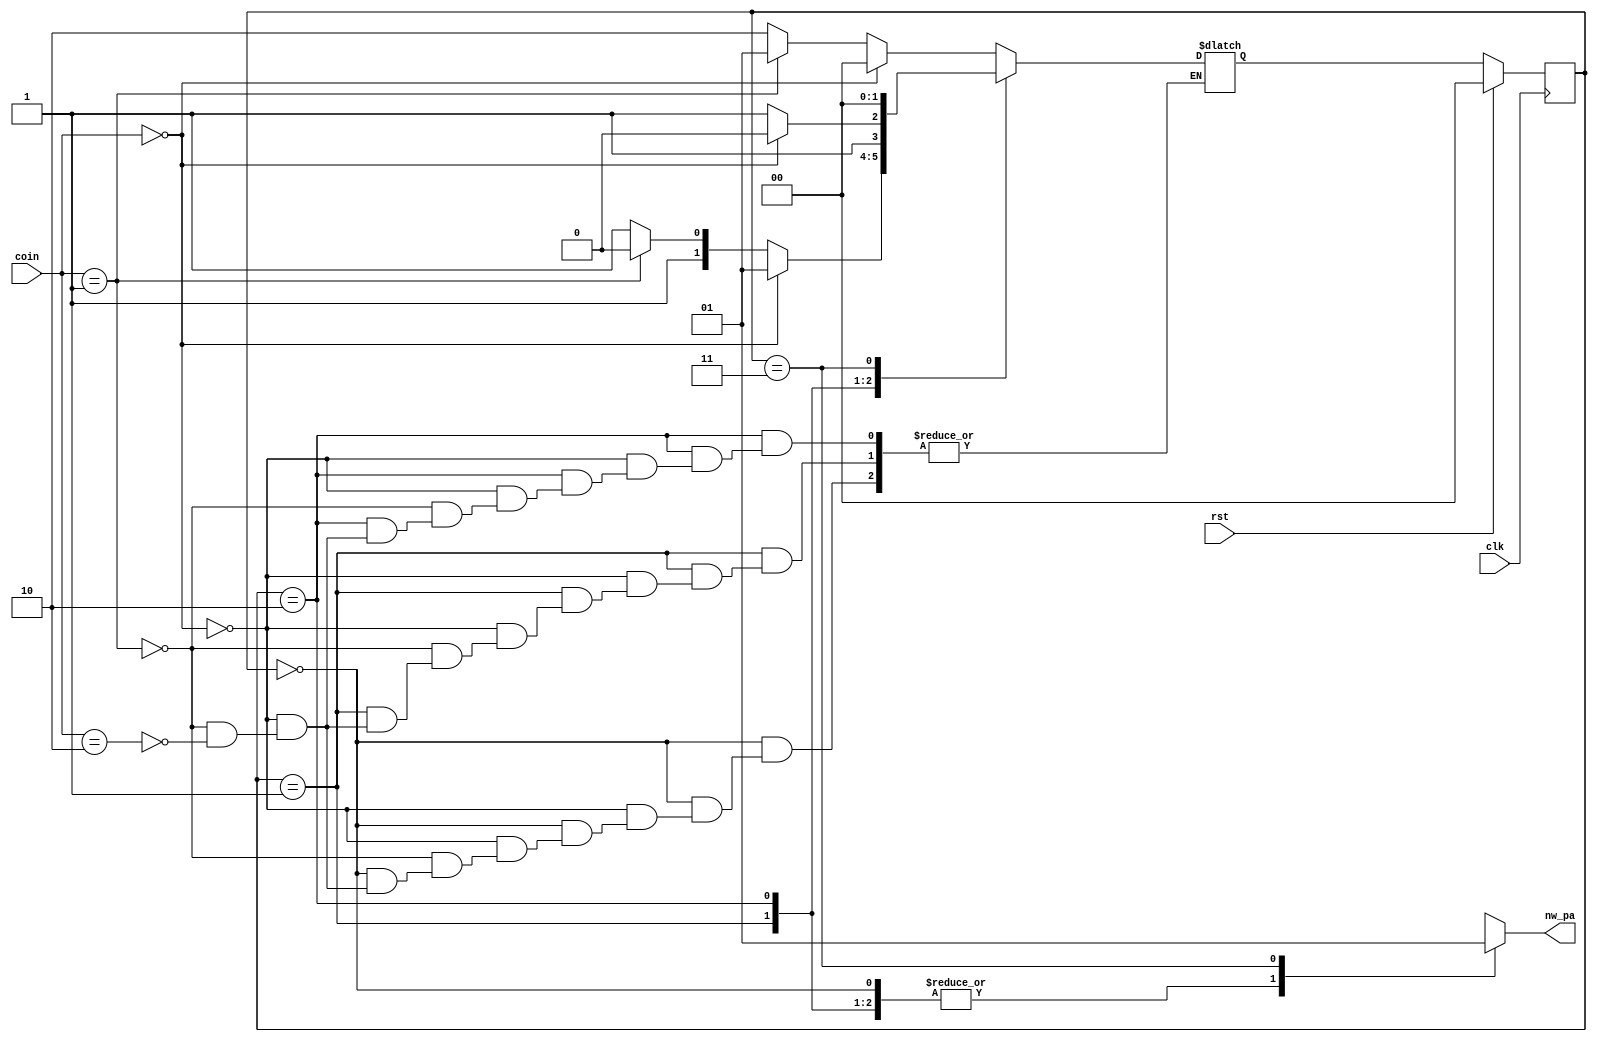
`timescale 1ns / 1ps
//////////////////////////////////////////////////////////////////////////////////
// Company: 
// Engineer: 
// 
// Design Name: 
// Module Name: vending_maching
// Project Name: 
// Target Devices: 
// Tool Versions: 
// Description: 
// 
// Dependencies: 
// 
// Revision:
// Revision 0.01 - File Created
// Additional Comments:
// 
//////////////////////////////////////////////////////////////////////////////////


module vending_machine(nw_pa,clk,coin,rst);

   output reg nw_pa;
   input [1 : 0] coin;
   input clk, rst;
   reg [1 : 0] state;
   reg [1 : 0] next_state;


   parameter [1 : 0] s0 = 2'b00;
   parameter [1 : 0] s5 = 2'b01;
   parameter [1 : 0] s10 = 2'b10;
   parameter [1 : 0] s15 = 2'b11;


   always @(posedge clk)begin
       if (rst)
       state = s0;
       else
       state = next_state;
       end


   always @(state,coin)begin
       case (state)
       s0:begin
           if (coin==2'b00)
           next_state=s0;
           else if (coin==2'b01)
           next_state=s5;
           else if (coin==2'b10)
           next_state=s10;
           end
        s5:begin
            if (coin==2'b00)
            next_state=s5;
            else if (coin==2'b01)
            next_state=s10;
            else if (coin==2'b10)
            next_state=s15;
            end
       s10:begin
           if (coin==2'b00)
           next_state=s10;
           else if (coin==2'b01)
           next_state=s15;
           else if (coin==2'b10)
           next_state=s15;  
           end
       s15:begin
           next_state=s0;
           end
       default : next_state=s0;
   
    endcase 
     end 


   always @(state)
   begin
       case (state)
       s0 : nw_pa<=1'b0;
       s5 : nw_pa<=1'b0;
       s10: nw_pa<=1'b0;
       s15: nw_pa<=1'b1;
       default: nw_pa<=1'b0;
       endcase 
    end
 
endmodule